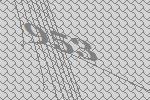
953